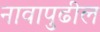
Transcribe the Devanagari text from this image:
नावापुढील